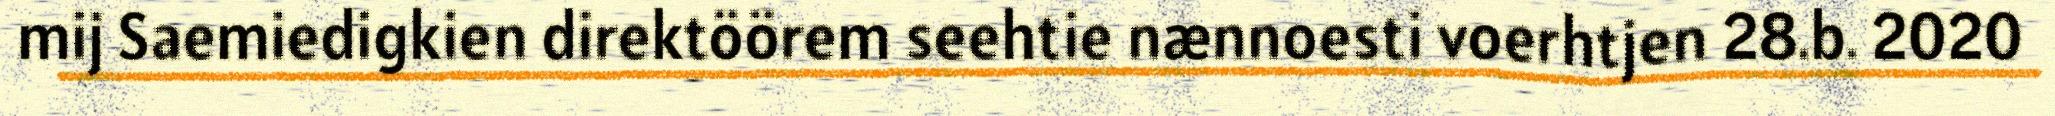
mij Saemiedigkien direktöörem seehtie nænnoesti voerhtjen 28.b. 2020